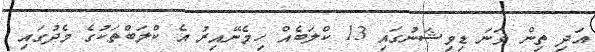
އަދި ތިން ވަނަ ޑިވިޝަނުގައި 13 ކްލަބެއް ހިމެނޭއިރު އެ ކްލަބްތަކުގެ މެދުގައި